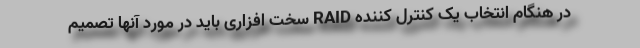
در هنگام انتخاب یک کنترل کننده RAID سخت افزاری باید در مورد آنها تصمیم